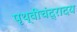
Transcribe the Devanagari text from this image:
पृथ्वीचंद्रादय